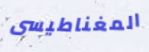
المغناطيسى